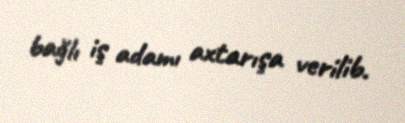
bağlı iş adamı axtarışa verilib.